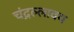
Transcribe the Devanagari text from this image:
चंद्रल्लावय